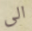
الى